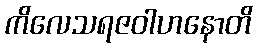
ကိလေသရဇဝါဟနောတိ